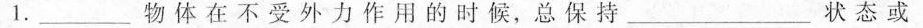
1.____物体在不受外力作用的时候，总保持________状态或